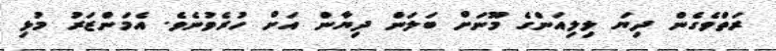
ރަތްވެގެން ދިޔަ ލިލިއަންގެ މޫނަށް ބަލަން ދިޔާން އަށް ހުރެވުނެވެ. އެމަންޒަރު މުޅި